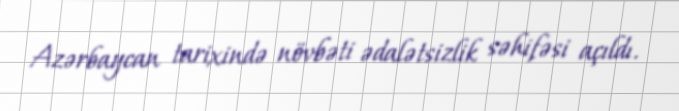
Azərbaycan tarixində növbəti ədalətsizlik səhifəsi açıldı.